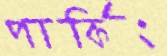
পার্কিং